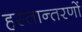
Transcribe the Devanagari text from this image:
हस्तान्तरणों